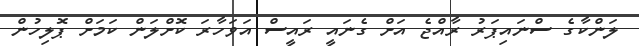
ލަންކާގެ ސްނައިޕަރު ރާއްޖެ އަށް ގެނައީ ރައީސް އަވަހާރަ ކޮށްލަން ކަމަށް ޕޮލިހުން